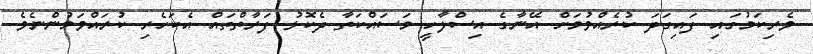
ވެރިކަމުގައި ފައިގަދަ ކުރެއްވުމަށް އޭނާގެ އިސްލާހީ މަސައްކަތާ ދެކޮޅު ފަރާތްތައް އެކަހެރި ކުރައްވަމުންނެވެ.